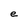
Character: e